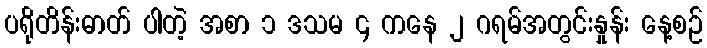
ပရိုတိန်းဓာတ် ပါတဲ့ အစာ ၁ ဒသမ ၄ ကနေ ၂ ဂရမ်အတွင်းနှုန်း နေ့စဉ်